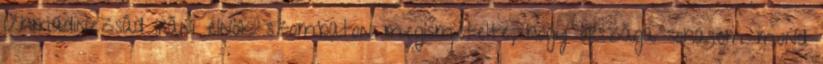
Ahmadinezsád iráni elnök szombaton megismételte, hogy országa sohasem mond